Lunatic asylums Central Provinces reports 1874-1885 - 1874-1885
Year: 1874
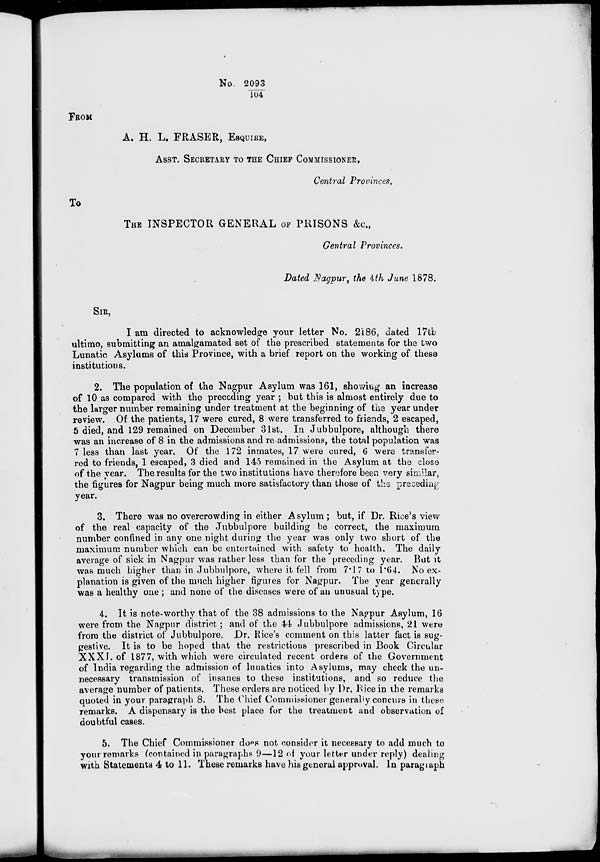
No. 2093/104
FROM
A. H. L. FRASER, ESQUIRE,
ASST. SECRETARY TO THE CHIEF COMMISSIONER,
Central Provinces.
To
THE INSPECTOR GENERAL OF PRISONS &c.,
Central Provinces.
Dated Nagpur, the 4th June 1878.
SIR,
I am directed to acknowledge your letter No. 2186, dated 17th
ultimo, submitting an amalgamated set of the prescribed statements for the two
Lunatic Asylums of this Province, with a brief report on the working of these
institutions.
2. The population of the Nagpur Asylum was 161, showing an increase
of 10 as compared with the preceding year ; but this is almost entirely due to
the larger number remaining under treatment at the beginning of the year under
review. Of the patients, 17 were cured, 8 were transferred to friends, 2 escaped,
5 died, and 129 remained on December 31st. In Jubbulpore, although there
was an increase of 8 in the admissions and re-admissions, the total population was
7 less than last year. Of the 172 inmates, 17 were cured, 6 were transfer-
red to friends, 1 escaped, 3 died and 145 remained in the Asylum at the close
of the year. The results for the two institutions have therefore been very similar,
the figures for Nagpur being much more satisfactory than those of the preceding
year.
3. There was no overcrowding in either Asylum ; but, if Dr. Rice's view
of the real capacity of the Jubbulpore building be correct, the maximum
number confined in any one night during the year was only two short of the
maximum number which can be entertained with safety to health. The daily
average of sick in Nagpur was rather less than for the preceding year. But it
was much higher than in Jubbulpore, where it fell from 7.17 to 1.64. No ex-
planation is given of the much higher figures for Nagpur. The year generally
was a healthy one ; and none of the diseases were of an unusual type.
4. It is note-worthy that of the 38 admissions to the Nagpur Asylum, 16
were from the Nagpur district; and of the 44 Jubbulpore admissions, 21 were
from the district of Jubbulpore. Dr. Rice's comment on this latter fact is sug-
gestive. It is to be hoped that the restrictions prescribed in Book Circular
XXXI. of 1877, with which were circulated recent orders of the Government
of India regarding the admission of lunatics into Asylums, may check the un-
necessary transmission of insanes to these institutions, and so reduce the
average number of patients. These orders are noticed by Dr. Rice in the remarks
quoted in your paragraph 8. The Chief Commissioner generally concurs in these
remarks. A dispensary is the best place for the treatment and observation of
doubtful cases.
5. The Chief Commissioner does not consider it necessary to add much to
your remarks (contained in paragraphs 9—12 of your letter under reply) dealing
with Statements 4 to 11. These remarks have his general approval. In paragraph